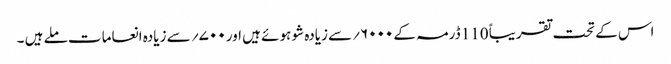
اس کے تحت تقریباً 110 ڈرمہ کے ۶۰۰۰؍سے زیادہ شو ہوئے ہیں اور ۷۰۰؍ سے زیادہ انعامات ملے ہیں ۔